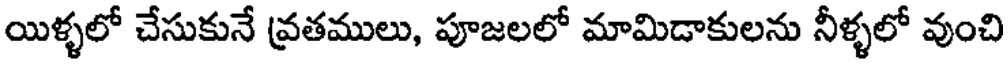
యిళ్ళలో చేసుకునే వ్రతములు, పూజలలో మామిడాకులను నీళ్ళలో వుంచి